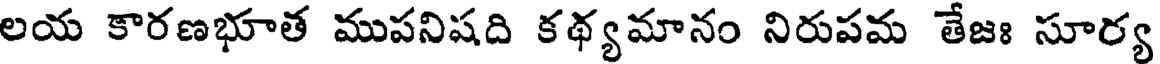
లయ కారణభూత ముపనిషది కథ్యమానం నిరుపమ తేజః సూర్య